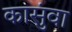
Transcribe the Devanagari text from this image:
कासुंवा